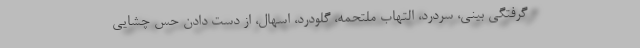
گرفتگی بینی، سردرد، التهاب ملتحمه، گلودرد، اسهال، از دست دادن حس چشایی